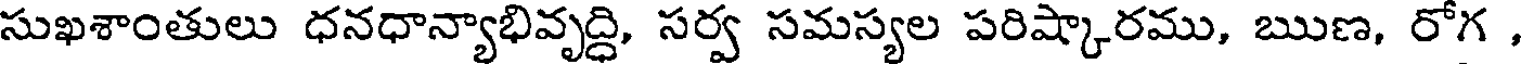
సుఖశాంతులు ధనధాన్యాభివృద్ధి, సర్వ సమస్యల పరిష్కారము, ఋణ, రోగ ,